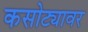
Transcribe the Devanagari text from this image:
कसोट्यावर